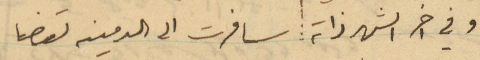
وفي اخر الشهر ذاته سافرت الى الدمينه لقضا